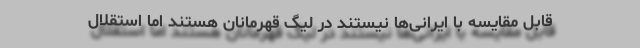
قابل مقایسه با ایرانی‌ها نیستند در لیگ قهرمانان هستند اما استقلال